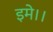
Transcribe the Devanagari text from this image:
इमे।।